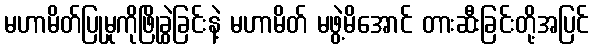
မဟာမိတ်ပြုမှုကိုဖြိုခွဲခြင်းနဲ့ မဟာမိတ် မဖွဲ့မိအောင် တားဆီးခြင်းတို့အပြင်